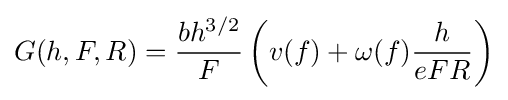
G(h,F,R)={\frac {bh^{3/2}}{F}}\left(v(f)+\omega (f){\frac {h}{eFR}}\right)